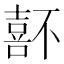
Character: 𡀆